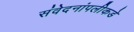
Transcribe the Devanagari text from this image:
संवेदनांपलीकडे